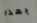
بهذا